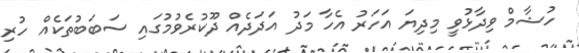
ހުޝާމް ވިދާޅުވީ މިދިޔަ އަހަރު އެހާ މަދު އަދަދެއް ދޫކުރެވުމުގައި ސަބަބުތަކެއް ހުރި